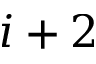
i + 2